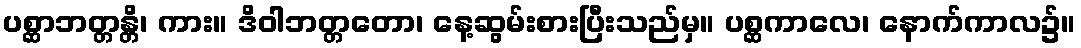
ပစ္ဆာဘတ္တန္တိ၊ ကား။ ဒိဝါဘတ္တတော၊ နေ့ဆွမ်းစားပြီးသည်မှ။ ပစ္ဆကာလေ၊ နောက်ကာလ၌။